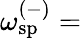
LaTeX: \omega_{\mathrm{sp}}^{(-)}=\begin{array}{rl}\end{array}